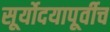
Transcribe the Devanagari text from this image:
सूर्योदयापूर्वीच